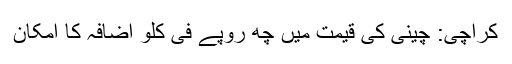
کراچی: چینی کی قیمت میں چھ روپے فی کلو اضافہ کا امکان